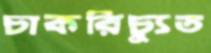
চাকরিচ্যুত